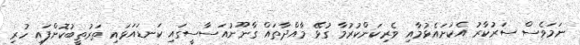
ނަމަވެސް ސަރުކާރު އެކަށައެޅުމާއި ވެރިކަންކުރުމާ ގުޅޭ މާއްދާތައް ގާނޫނުއަސާސީގައި ކަނޑައަޅައި ތަރުތީބުކޮށްފައި ހުރި